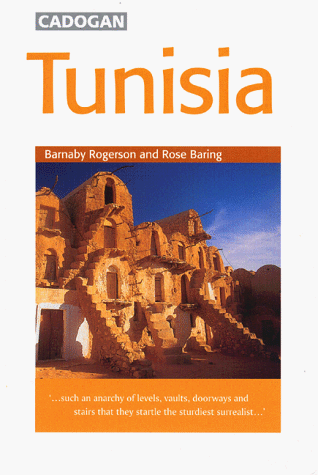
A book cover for Tunisia; Barnaby Rogerson; Travel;